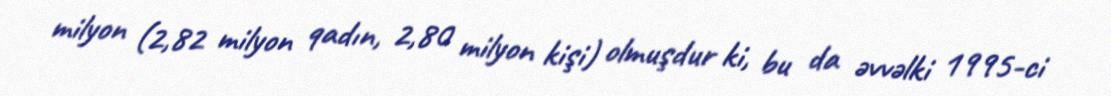
milyon (2,82 milyon qadın, 2,80 milyon kişi) olmuşdur ki, bu da əvvəlki 1995-ci